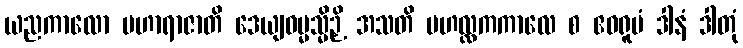
ယညကာလော မဟာရာဇာတိ ဒေယျဓမ္မသ္မိဉှိ အသတိ မဟလ္လကကာလေ စ ဧဝရူပံ ဒါနံ ဒါတုံ